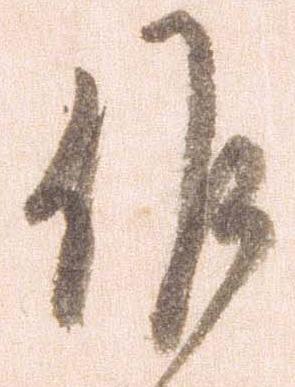
候